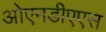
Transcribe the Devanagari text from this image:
ओएनडीएएस